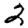
Digit: 2